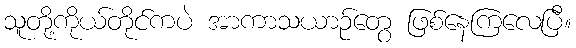
သူတို့ကိုယ်တိုင်ကပဲ အာကာသယာဉ်တွေ ဖြစ်နေကြလေပြီ။